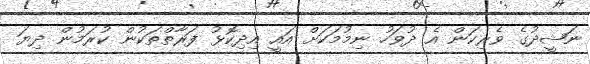
ނަޝީދުގެ ވެރިކަން އެ ދުވަހު ނިމުމަކަށް އައީ އިދިކޮޅު ފަރާތްތަކުން ކުރަމުން ދިޔަ